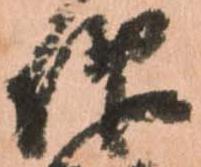
仰